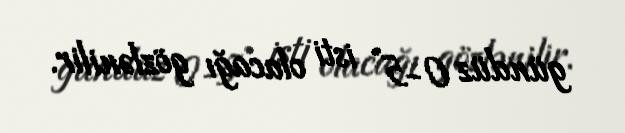
gündüz 0-5° isti olacağı gözlənilir.